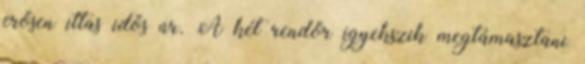
erősen ittas idős úr. A két rendőr igyekszik megtámasztani